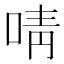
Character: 啨